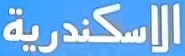
الاسكندرية